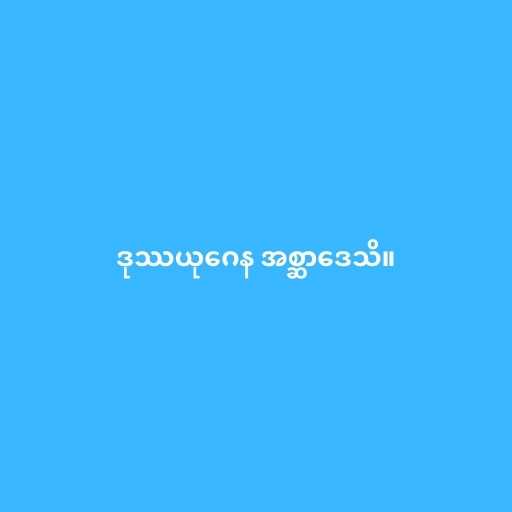
ဒုဿယုဂေန အစ္ဆာဒေသိ။